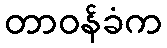
တာဝန်ခံက